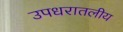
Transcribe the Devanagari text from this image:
उपधरातलीय